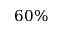
6 0 \%